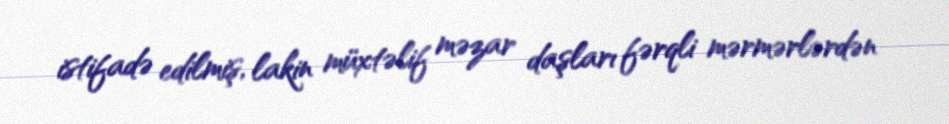
istifadə edilmiş, lakin müxtəlif məzar daşları fərqli mərmərlərdən